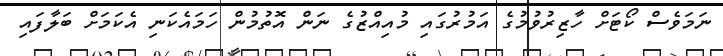
ނަމަވެސް ކޯޓަށް ހާޒިރުވުމުގެ އަމުރުގައި މުއިއްޒުގެ ނަން އޮތުމުން ހަމައެކަނި އެކަމަށް ބަލާފައި